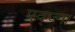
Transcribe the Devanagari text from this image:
एद्ज्ना